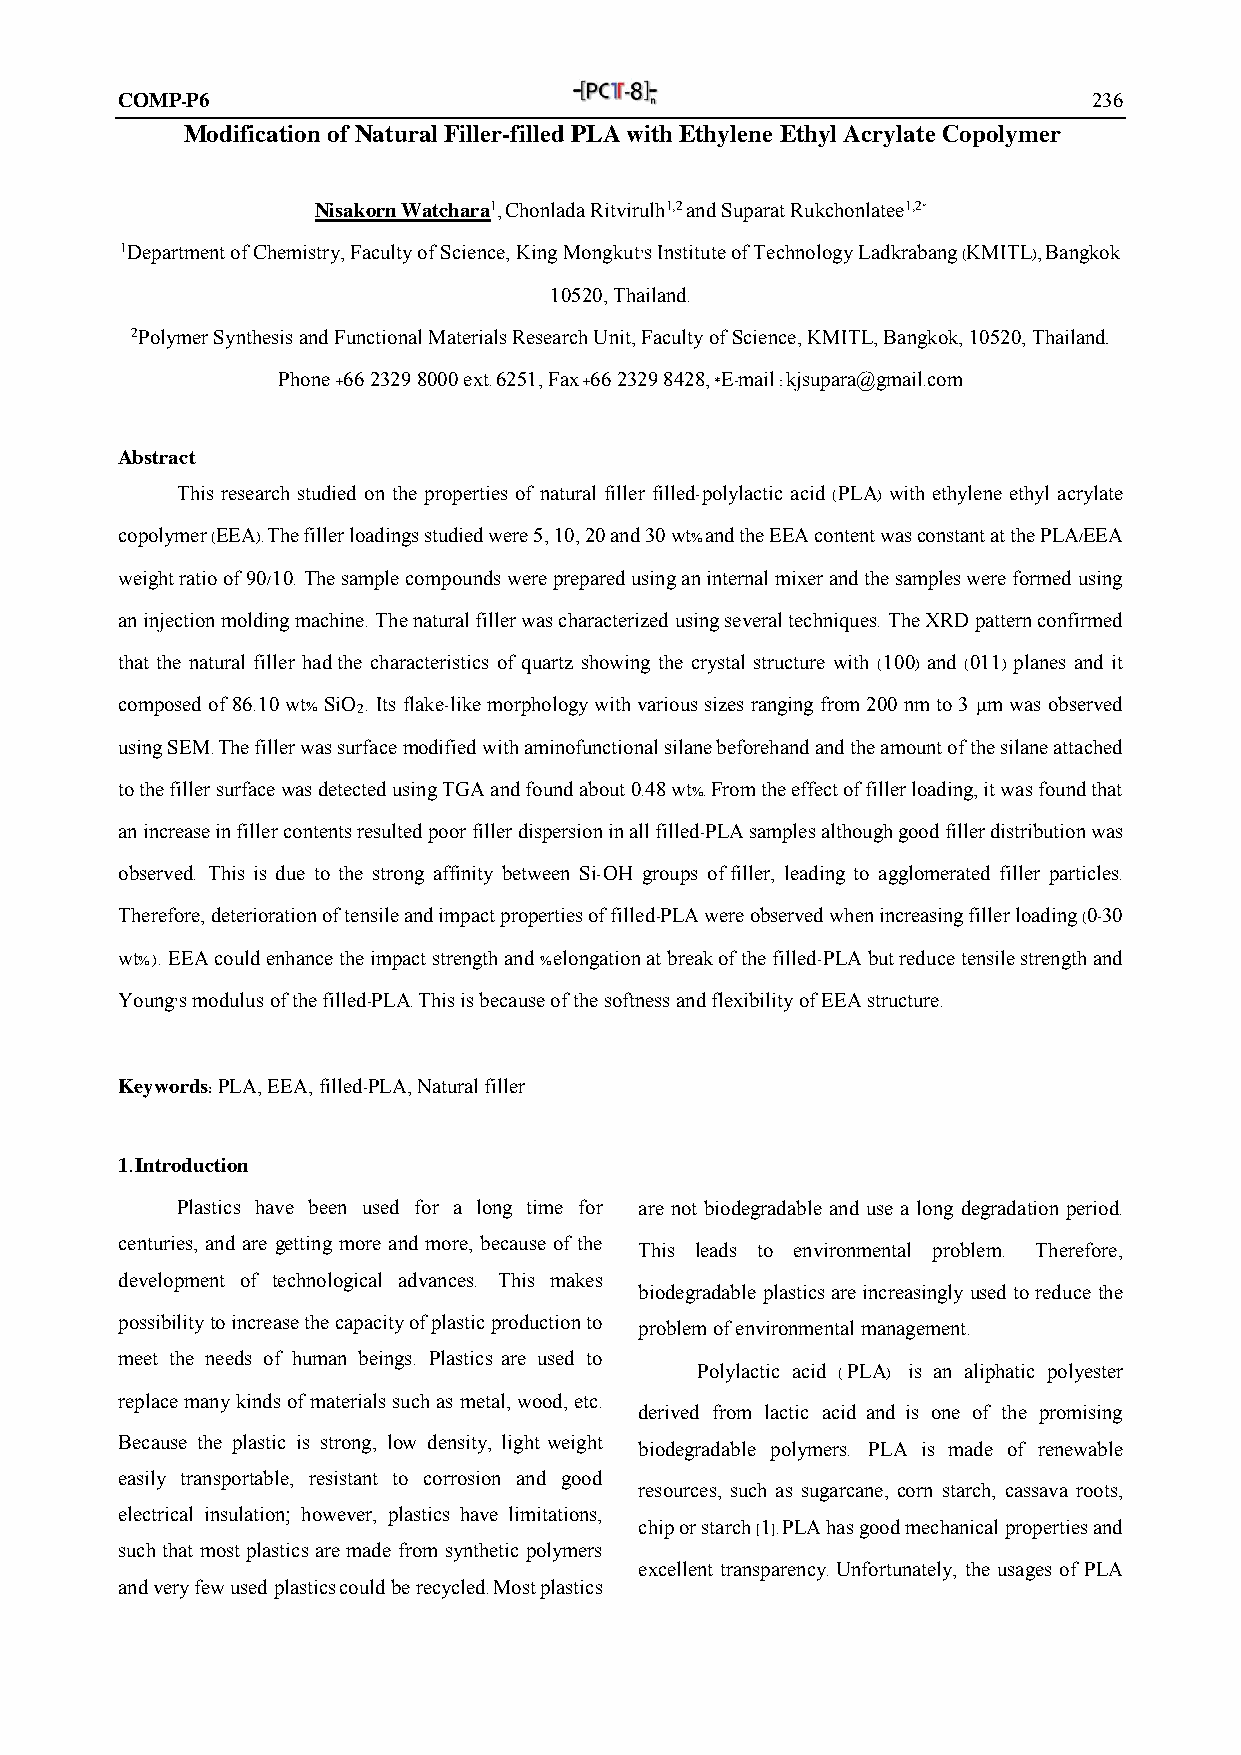
COMP-P6                                                         236
 Modification of Natural Filler-filled PLA with Ethylene Ethyl Acrylate Copolymer
 Nisakorn Watchara1, Chonlada Ritvirulh1,2 and Suparat Rukchonlatee1,2*
 1Department of Chemistry, Faculty of Science, King Mongkut’s Institute of Technology Ladkrabang (KMITL), Bangkok
 10520, Thailand.
 2Polymer Synthesis and Functional Materials Research Unit, Faculty of Science, KMITL, Bangkok, 10520, Thailand.
 Phone +66 2329 8000 ext. 6251, Fax +66 2329 8428, *E-mail : kjsupara@gmail.com
 Abstract
 This research studied on the properties of natural filler filled-polylactic acid (PLA) with ethylene ethyl acrylate
 copolymer (EEA). The filler loadings studied were 5, 10, 20 and 30 wt% and the EEA content was constant at the PLA/EEA
 weight ratio of 90/10. The sample compounds were prepared using an internal mixer and the samples were formed using
 an injection molding machine. The natural filler was characterized using several techniques. The XRD pattern confirmed
 that the natural filler had the characteristics of quartz showing the crystal structure with (100) and (011) planes and it
 composed of 86.10 wt% SiO . Its flake-like morphology with various sizes ranging from 200 nm to 3 µm was observed
 2
 using SEM. The filler was surface modified with aminofunctional silane beforehand and the amount of the silane attached
 to the filler surface was detected using TGA and found about 0.48 wt%. From the effect of filler loading, it was found that
 an increase in filler contents resulted poor filler dispersion in all filled-PLA samples although good filler distribution was
 observed. This is due to the strong affinity between Si-OH groups of filler, leading to agglomerated filler particles.
 Therefore, deterioration of tensile and impact properties of filled-PLA were observed when increasing filler loading (0-30
 wt%). EEA could enhance the impact strength and %elongation at break of the filled-PLA but reduce tensile strength and
 Young’s modulus of the filled-PLA. This is because of the softness and flexibility of EEA structure.
 Keywords: PLA, EEA, filled-PLA, Natural filler
 1. Introduction
 Plastics have been used for a long time for are not biodegradable and use a long degradation period.
 centuries, and are getting more and more, because of the
 This leads to environmental problem. Therefore,
 development of technological advances. This makes
 biodegradable plastics are increasingly used to reduce the
 possibility to increase the capacity of plastic production to
 problem of environmental management.
 meet the needs of human beings. Plastics are used to
 Polylactic acid (PLA) is an aliphatic polyester
 replace many kinds of materials such as metal, wood, etc.
 derived from lactic acid and is one of the promising
 Because the plastic is strong, low density, light weight
 biodegradable polymers. PLA is made of renewable
 easily transportable, resistant to corrosion and good
 resources, such as sugarcane, corn starch, cassava roots,
 electrical insulation; however, plastics have limitations,
 chip or starch [1]. PLA has good mechanical properties and
 such that most plastics are made from synthetic polymers
 excellent transparency. Unfortunately, the usages of PLA
 and very few used plastics could be recycled. Most plastics